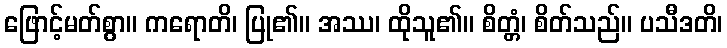
ဖြောင့်မတ်စွာ။ ကရောတိ၊ ပြု၏။ အဿ၊ ထိုသူ၏။ စိတ္တံ၊ စိတ်သည်။ ပသီဒတိ၊